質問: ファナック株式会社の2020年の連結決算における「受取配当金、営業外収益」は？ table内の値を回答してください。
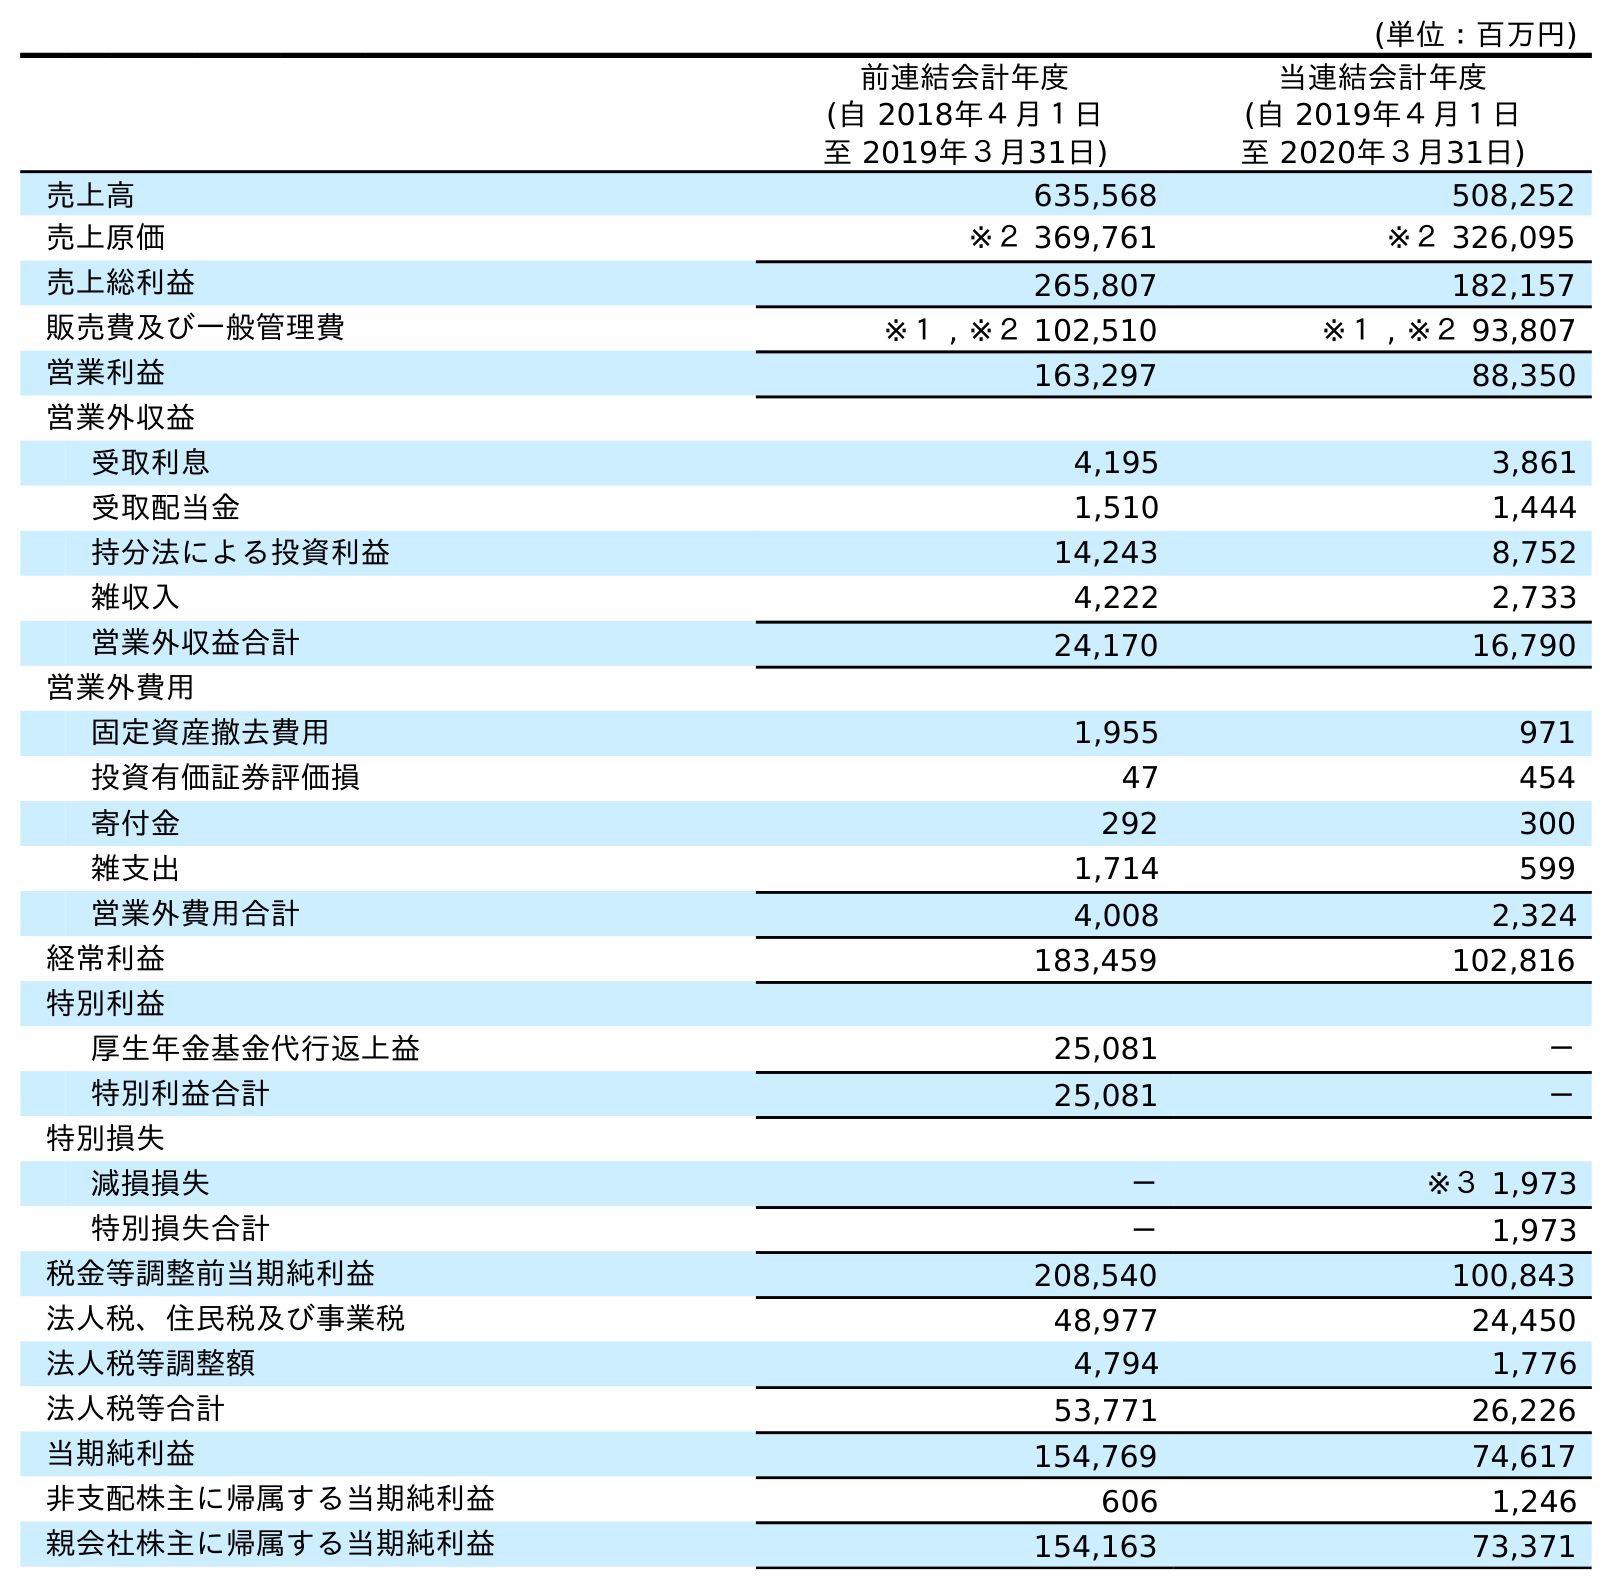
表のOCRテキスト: (単位：百万円) 前連結会計年度 (自 2018年４月１日 至 2019年３月31日) 当連結会計年度 (自 2019年４月１日 至 2020年３月31日) 売上高 635,568 508,252 売上原価 ※２ 369,761 ※２ 326,095 売上総利益 265,807 182,157 販売費及び一般管理費 ※１ , ※２ 102,510 ※１ , ※２ 93,807 営業利益 163,297 88,350 営業外収益 受取利息 4,195 3,861 受取配当金 1,510 1,444 持分法による投資利益 14,243 8,752 雑収入 4,222 2,733 営業外収益合計 24,170 16,790 営業外費用 固定資産撤去費用 1,955 971 投資有価証券評価損 47 454 寄付金 292 300 雑支出 1,714 599 営業外費用合計 4,008 2,324 経常利益 183,459 102,816 特別利益 厚生年金基金代行返上益 25,081 － 特別利益合計 25,081 － 特別損失 減損損失 － ※３ 1,973 特別損失合計 － 1,973 税金等調整前当期純利益 208,540 100,843 法人税、住民税及び事業税 48,977 24,450 法人税等調整額 4,794 1,776 法人税等合計 53,771 26,226 当期純利益 154,769 74,617 非支配株主に帰属する当期純利益 606 1,246 親会社株主に帰属する当期純利益 154,163 73,371
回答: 1,444